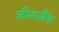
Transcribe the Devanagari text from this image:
फ्रीसलैंड